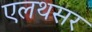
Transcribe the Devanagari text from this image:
एलथसर